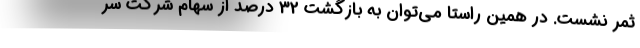
ثمر نشست. در همین راستا می‌توان به بازگشت 32 درصد از سهام شرکت سر